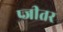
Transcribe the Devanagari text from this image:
प्जीतर